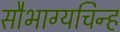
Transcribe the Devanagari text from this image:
सौभाग्यचिन्ह